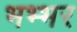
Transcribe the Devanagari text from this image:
भभ्भर